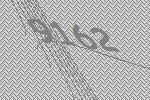
9162